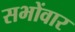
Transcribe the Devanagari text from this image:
सभोंवार